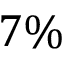
7 \%